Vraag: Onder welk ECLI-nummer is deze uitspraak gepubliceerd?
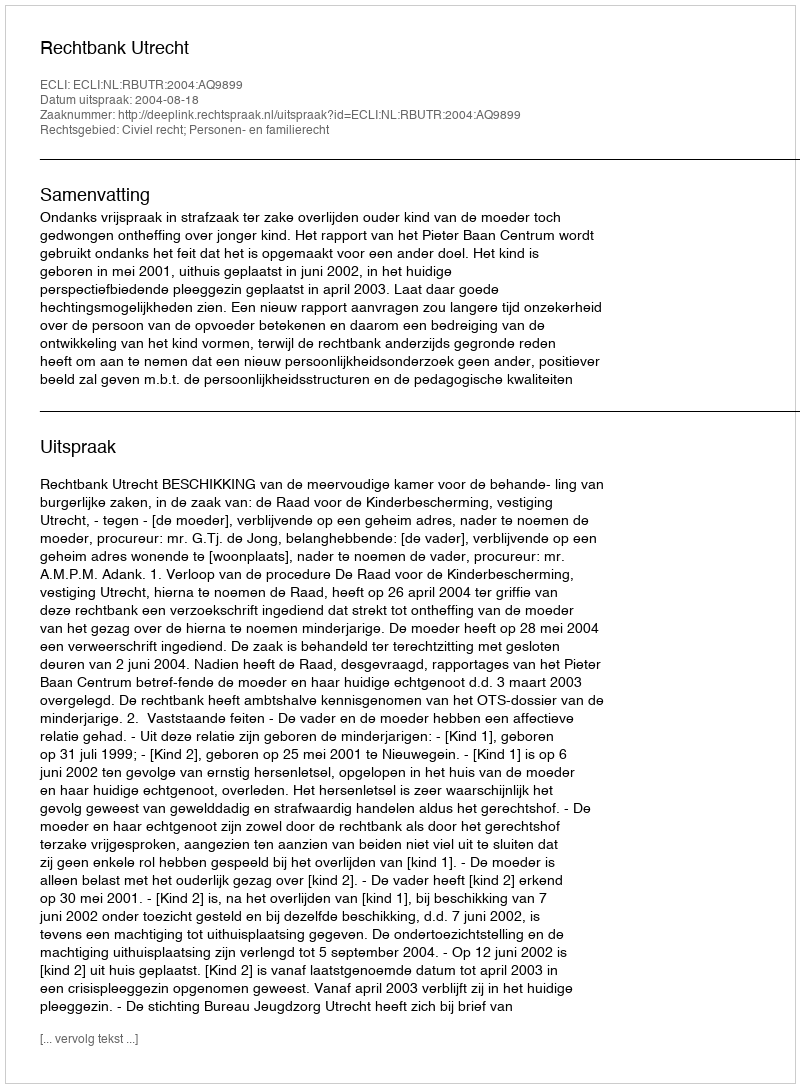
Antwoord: ECLI:NL:RBUTR:2004:AQ9899